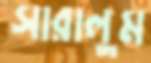
সারালুম